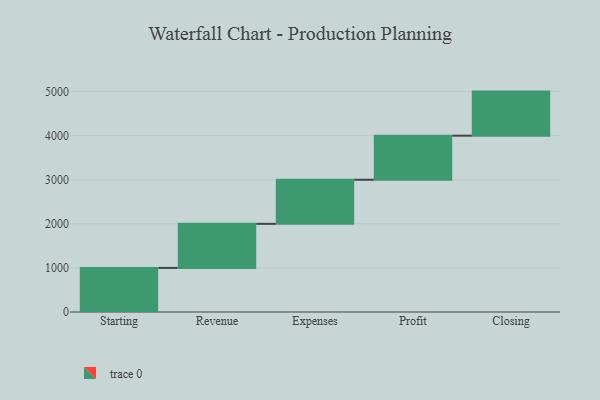
{"axis": {"x": "Step", "y": "Value"}, "legend": [""], "data": [{"x": "Starting", "y": 1000, "type": ""}, {"x": "Revenue", "y": 1000, "type": ""}, {"x": "Expenses", "y": 1000, "type": ""}, {"x": "Profit", "y": 1000, "type": ""}, {"x": "Closing", "y": 1000, "type": ""}]}